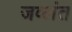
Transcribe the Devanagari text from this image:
जव्लंत